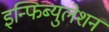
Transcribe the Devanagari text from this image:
इन्फिब्युलेशन